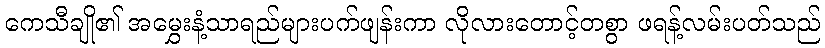
ကေသီချို၏ အမွှေးနံ့သာရည်များပက်ဖျန်းကာ လိုလားတောင့်တစွာ ဖရန့်လမ်းပတ်သည်